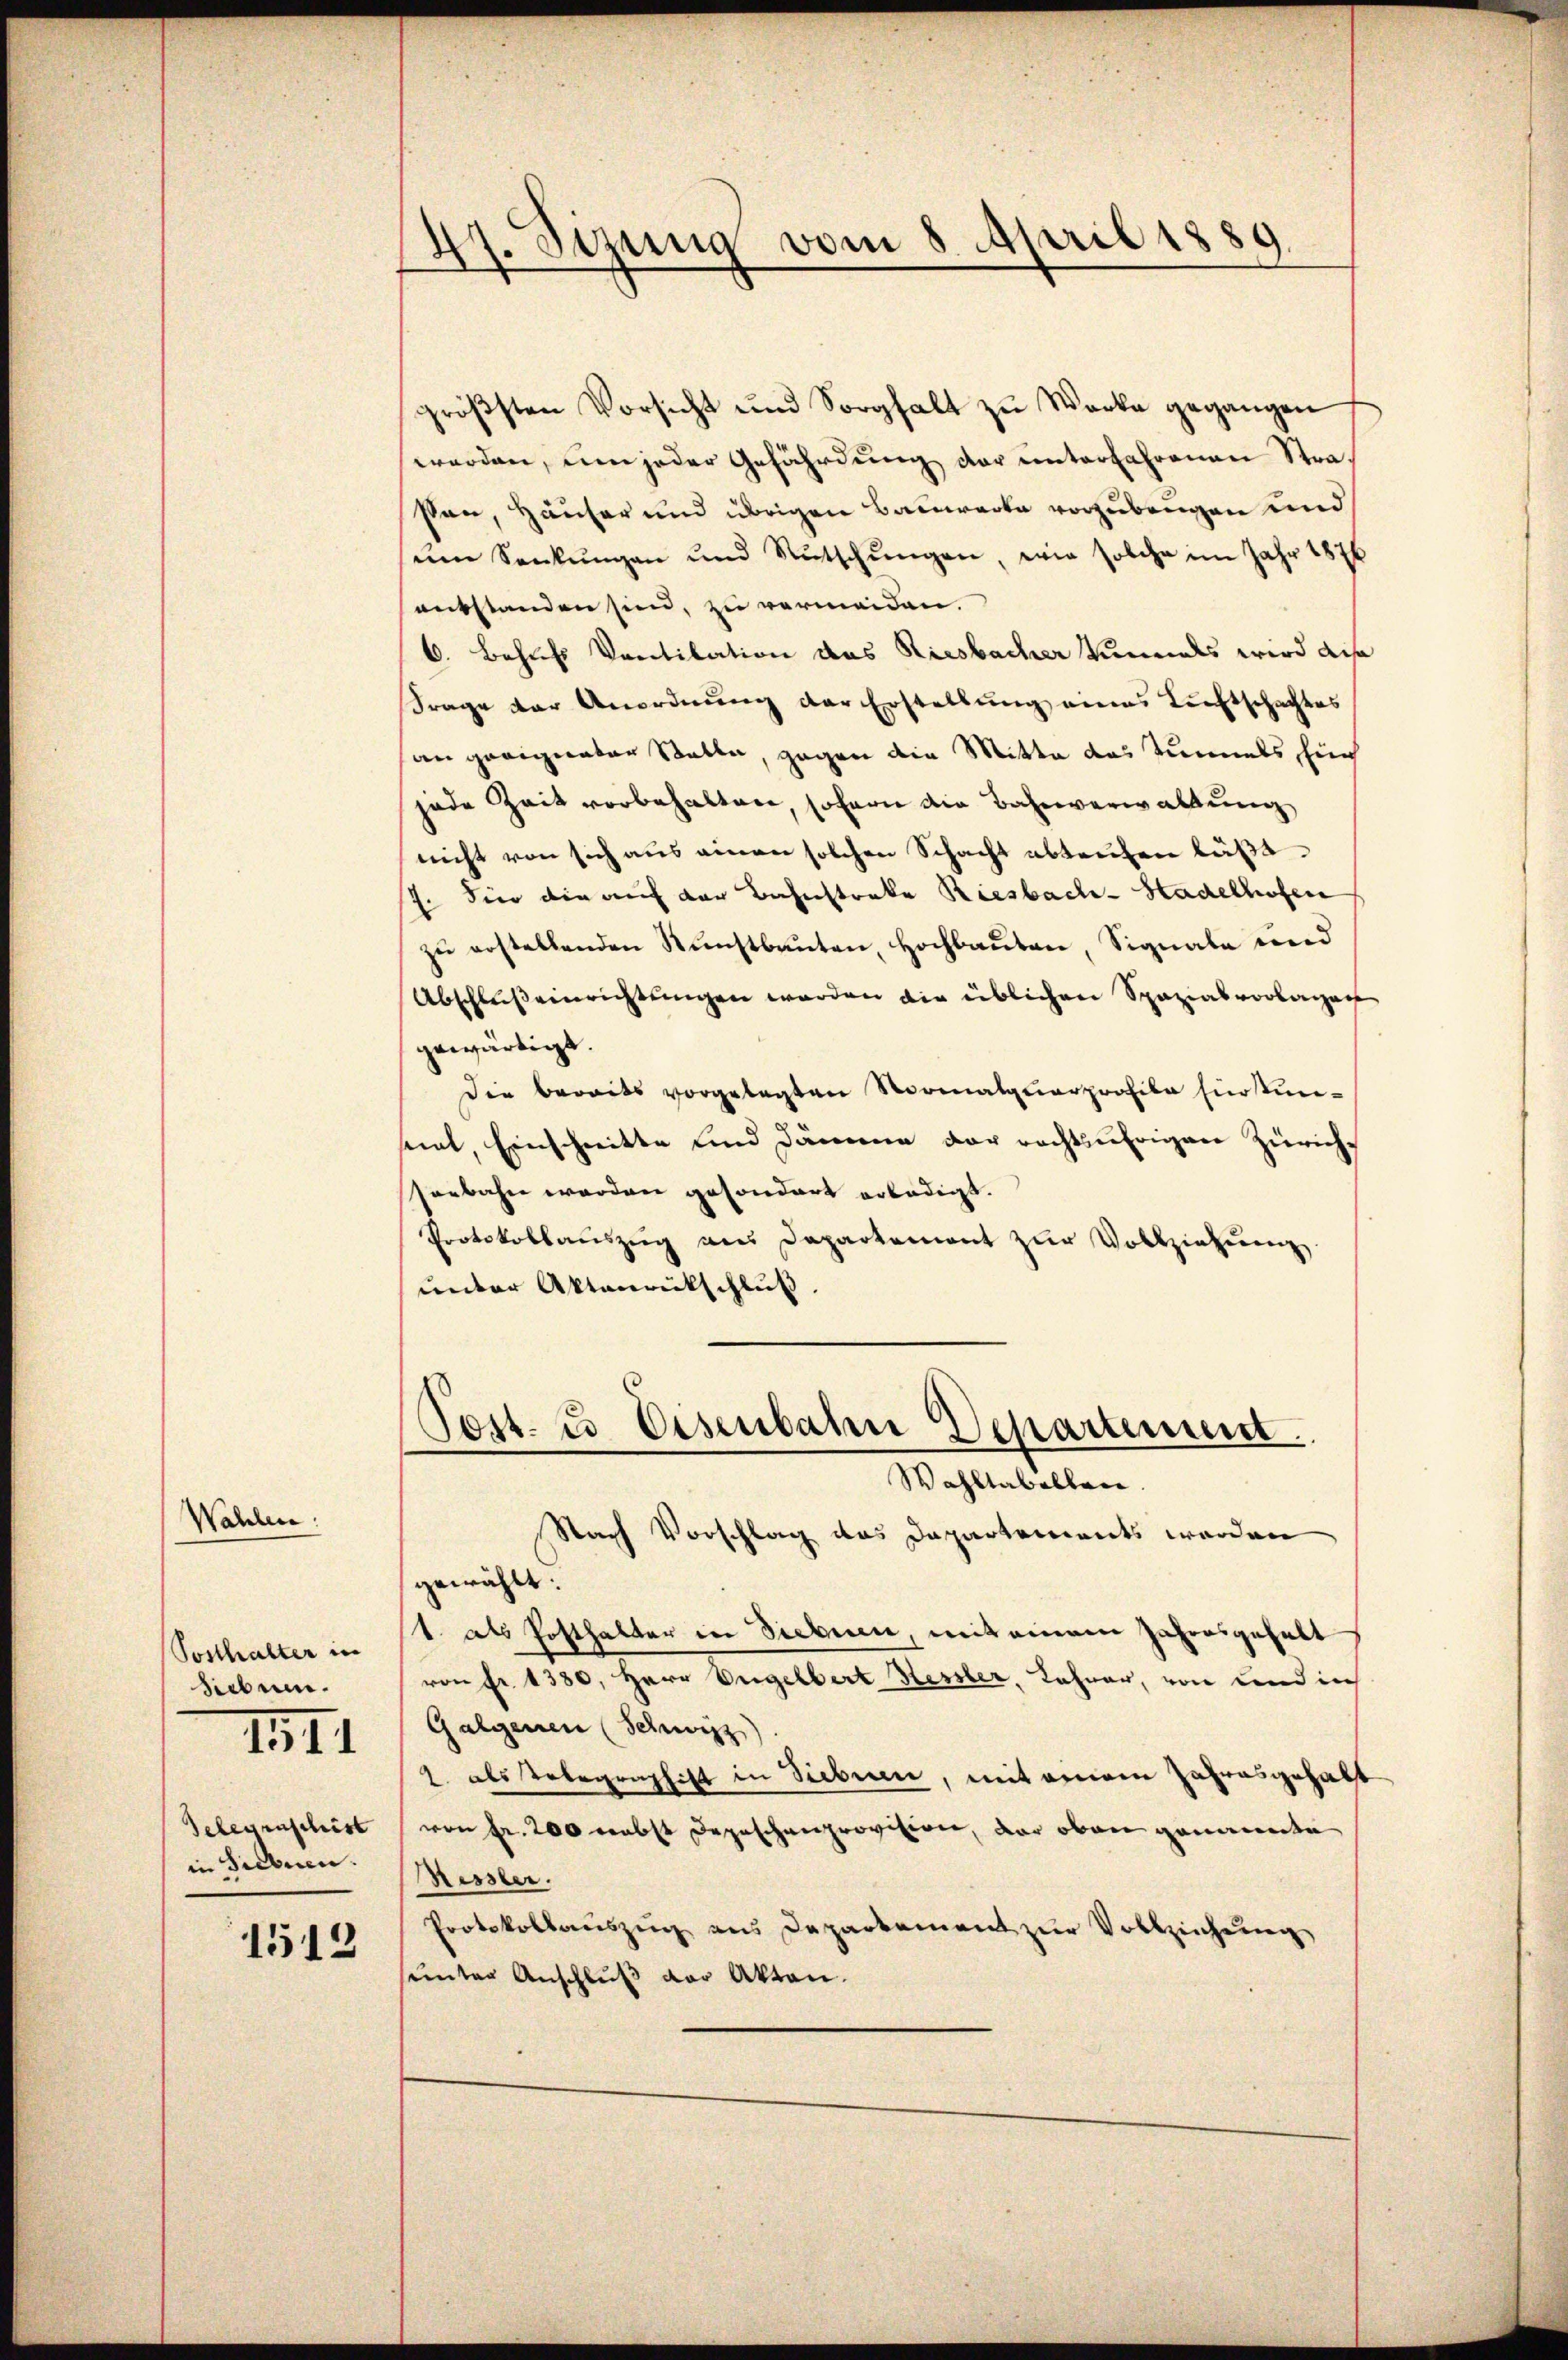
Wahlen:

Posthalter in
sieben.
Telegenschist
in Sieben.

IIII

1512

47. Sizung vom 8. April 1889.

größsten Vorsicht und Sorghalt zu Werke gegangen
werden, um jeder Gefährdung der unterfahrenen Strasen, Häuser und übrigen Bauwerke vorzubeugen und
ŭm Senkungen und Rutschŭngen, wie solche im Jahr 1876
entstanden sind, zu vermeiden.
6. Behufs Ventilation das Riesbacher Kanals wird dis
Frage der Anordnung der Erstellung eines Luftschachtes
an geeigneter Statte, gegen die Mitte das Tunnels Ein
jede Zeit vorbehalten, sofern die Bahnverwaltung
nicht von sich aus einen solchen Schacht abtreten laße
7. Sie die auf der Bahnstreke Riesbach-Stadelhofen
zu erstellenden Kunstbauten, Hochbauten, Signale und
Abschluß einrichtungen werden die üblichen Spaziasvorlagen
gewärtigt.
Die bereits vorgelegten Normatquarprofile fürstin-
sint, Einschnitte und Dämme der rechtsufrigen Zürichsenbahn werden gesondert erledigt.
Protokollauszug aus Departement zŭr Vollziehung,
unter Aktenrückschluß.
Post. u. Eisenbahn Departement.
Wahltabellen.
Nach Vorschlag das Departements werden
gewählt:
1. als Posthalter in Siebnen, mit einem Jahresgehalt
von Fr. 1380, Herr Engelbert Hessler, Lohner, von und in
Galgenen (Schwerz
2. als Tobegraphist in Sieben, mit einem Jahresgehalt
von Fr. 200 nebst Depeschenprovision, der oben genannte
Ressler.
Protokollauszug aus Departement zŭr Vollzeichung
unter Anschluß der Akten.